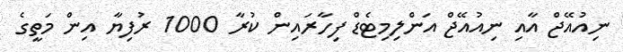
ނިއުއޭޖް އާއި ނިއުއޭޖް އަންލިމިޓެޑް ފިހާރައިން ކުރާ 1000 ރުފިޔާ އިން މަތީގެ